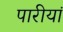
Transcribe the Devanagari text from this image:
पारीयां